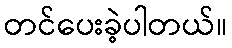
တင်ပေးခဲ့ပါတယ်။